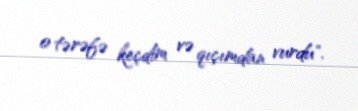
o tərəfə keçdim və qıçımdan vurdu".